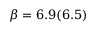
\beta = 6 . 9 ( 6 . 5 )